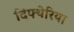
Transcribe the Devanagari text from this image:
दिफ्थेरिया